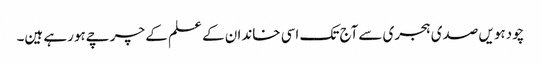
چودہویں صدی ہجری سےآج تک اسی خاندان کے علم کے چرچےہورہے ہین۔